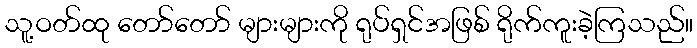
သူ့ဝတ်ထု တော်တော် များများကို ရုပ်ရှင်အဖြစ် ရိုက်ကူးခဲ့ကြသည်။